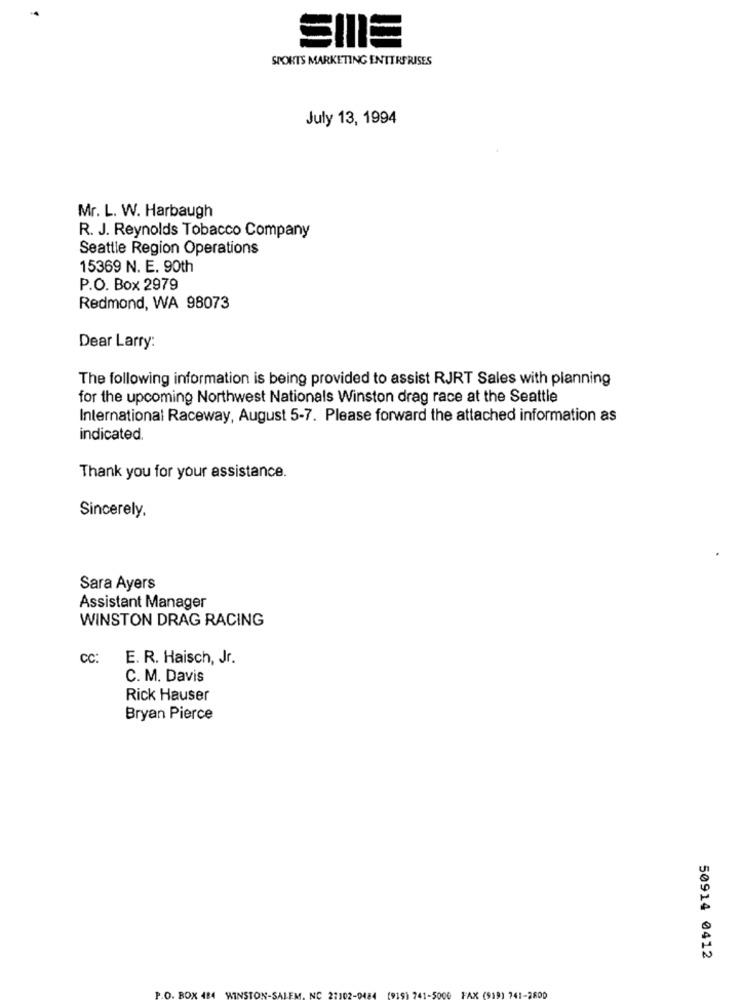
SIIIE
SPORTS MARKETING ENTERPRISES
July 13, 1994
Mr. L. W. Harbaugh
R. J. Reynolds Tobacco Company
Seattle Region Operations
15369 N. E. 90th
P.O. Box 2979
Redmond, WA 98073
Dear Larry:
The following information is being provided to assist RJRT Sales with planning
for the upcoming Northwest Nationals Winston drag race at the Seattle
International Raceway, August 5-7. Please forward the attached information as
indicated.
Thank you for your assistance.
Sincerely,
Sara Ayers
Assistant Manager
WINSTON DRAG RACING
CC:
E. R. Haisch, Jr.
C. M. Davis
Rick Hauser
Bryan Pierce
50914 0412
BOX
Nº
WINSTON-SAI